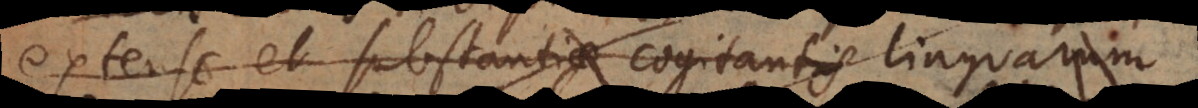
e et substantiae cogitantis. Linguarum